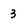
Character: 3